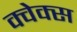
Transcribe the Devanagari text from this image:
क्वेक्स